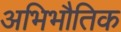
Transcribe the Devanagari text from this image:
अभिभौतिक